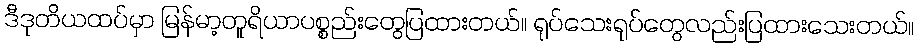
ဒီဒုတိယထပ်မှာ မြန်မာ့တူရိယာပစ္စည်းတွေပြထားတယ်။ ရုပ်သေးရုပ်တွေလည်းပြထားသေးတယ်။